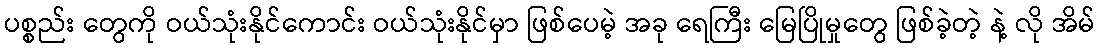
ပစ္စည်း တွေကို ဝယ်သုံးနိုင်ကောင်း ဝယ်သုံးနိုင်မှာ ဖြစ်ပေမဲ့ အခု ရေကြီး မြေပြိုမှုတွေ ဖြစ်ခဲ့တဲ့ နဲ့ လို အိမ်